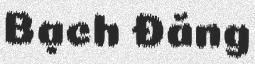
Bạch Đằng